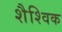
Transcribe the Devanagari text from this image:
शैश्विक